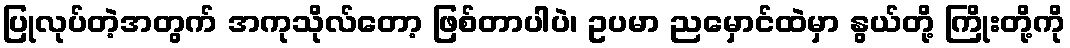
ပြုလုပ်တဲ့အတွက် အကုသိုလ်တော့ ဖြစ်တာပါပဲ၊ ဥပမာ ညမှောင်ထဲမှာ နွယ်တို့ ကြိုးတို့ကို